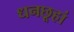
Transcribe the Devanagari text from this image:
धनछूहां